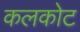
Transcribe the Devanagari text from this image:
कलकोट